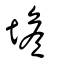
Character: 㙴